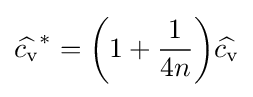
{\widehat {c_{\rm {v}}}}^{*}={\bigg (}1+{\frac {1}{4n}}{\bigg )}{\widehat {c_{\rm {v}}}}